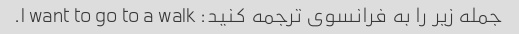
جمله زیر را به فرانسوی ترجمه کنید: I want to go to a walk.